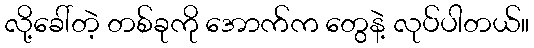
လို့ခေါ်တဲ့ တစ်ခုကို အောက်က တွေနဲ့ လုပ်ပါတယ်။